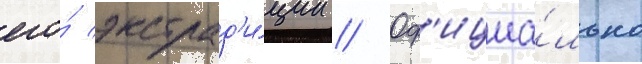
его́ экстрад'и́ции // Оф'ициа́льно